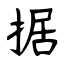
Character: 据